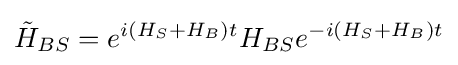
{\tilde {H}}_{BS}=e^{i(H_{S}+H_{B})t}H_{BS}e^{-i(H_{S}+H_{B})t}